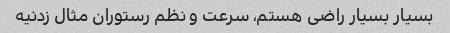
بسیار بسیار راضی هستم، سرعت و نظم رستوران مثال زدنیه